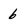
Character: 6